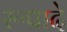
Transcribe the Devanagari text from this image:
रूपादे